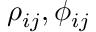
\rho _ { i j } , \phi _ { i j }